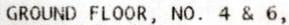
GROUND FLOOR, NO. 4 & 6,